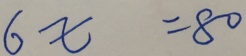
6 x = 8 0